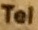
Tel